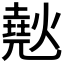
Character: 𰟞